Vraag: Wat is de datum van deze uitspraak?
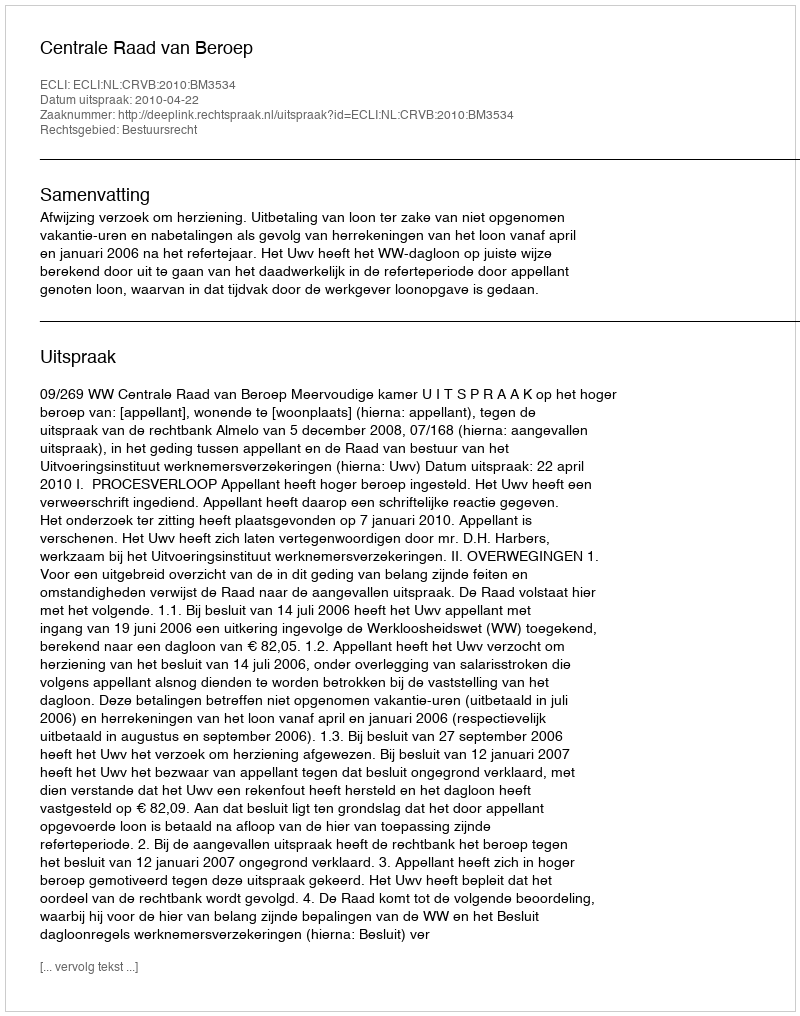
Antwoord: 2010-04-22